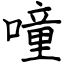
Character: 噇